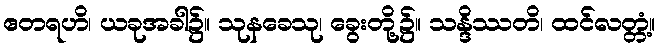
ဧတရဟိ၊ ယခုအခါ၌။ သုနခေသု၊ ခွေးတို့၌။ သန္ဒိဿတိ၊ ထင်လတ္တံ့။